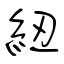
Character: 紐